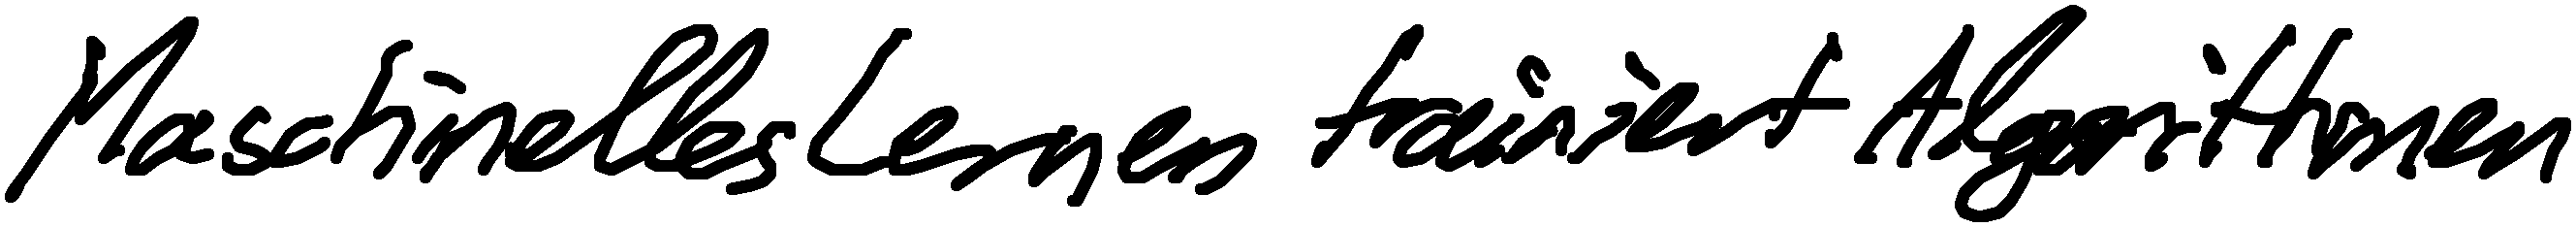
Maschinelles Lernen trainiert Algorithmen.